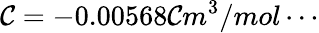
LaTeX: \mathcal{C}=-0.00568\mathcal{C}m^{3}/mol\cdots